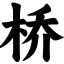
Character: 桥